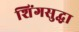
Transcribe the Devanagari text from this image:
शिंगसुद्धा